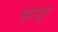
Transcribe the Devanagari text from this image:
हांगुर